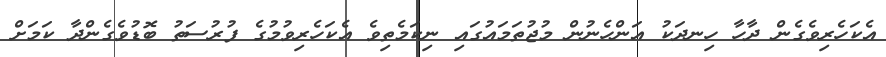
އެކަހެރިވެގެން ދާހާ ހިނދަކު އަންހެނުން މުޖުތަމައުގައި ނިކަމެތިވެ އެކަހެރިވުމުގެ ފުރުސަތު ބޮޑުވެގެންދާ ކަމަށް